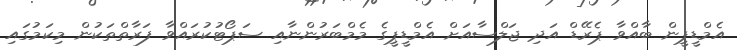
އެމްޑީޕީން ބާއްވާ ޕެރޭޑް އަދި ޖަލްސާއަށް އެމްޑީޕީގެ މެމްބަރުންނާއި ސަޕޯޓުކުރައްވާ ފަރާތްތަކުން މިކަމުގައި